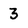
Character: 3